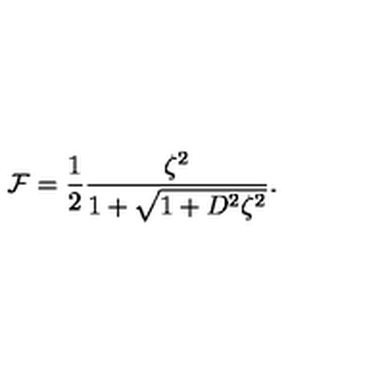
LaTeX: { \cal F } = { \frac { 1 } { 2 } } { \frac { \zeta ^ { 2 } } { 1 + \sqrt { 1 + D ^ { 2 } \zeta ^ { 2 } } } } .